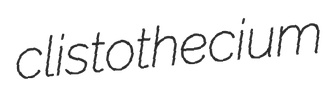
clistothecium